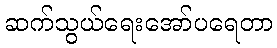
ဆက်သွယ်ရေးအော်ပရေတာ